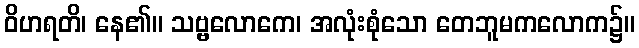
ဝိဟရတိ၊ နေ၏။ သဗ္ဗလောကေ၊ အလုံးစုံသော တေဘူမကလောက၌။